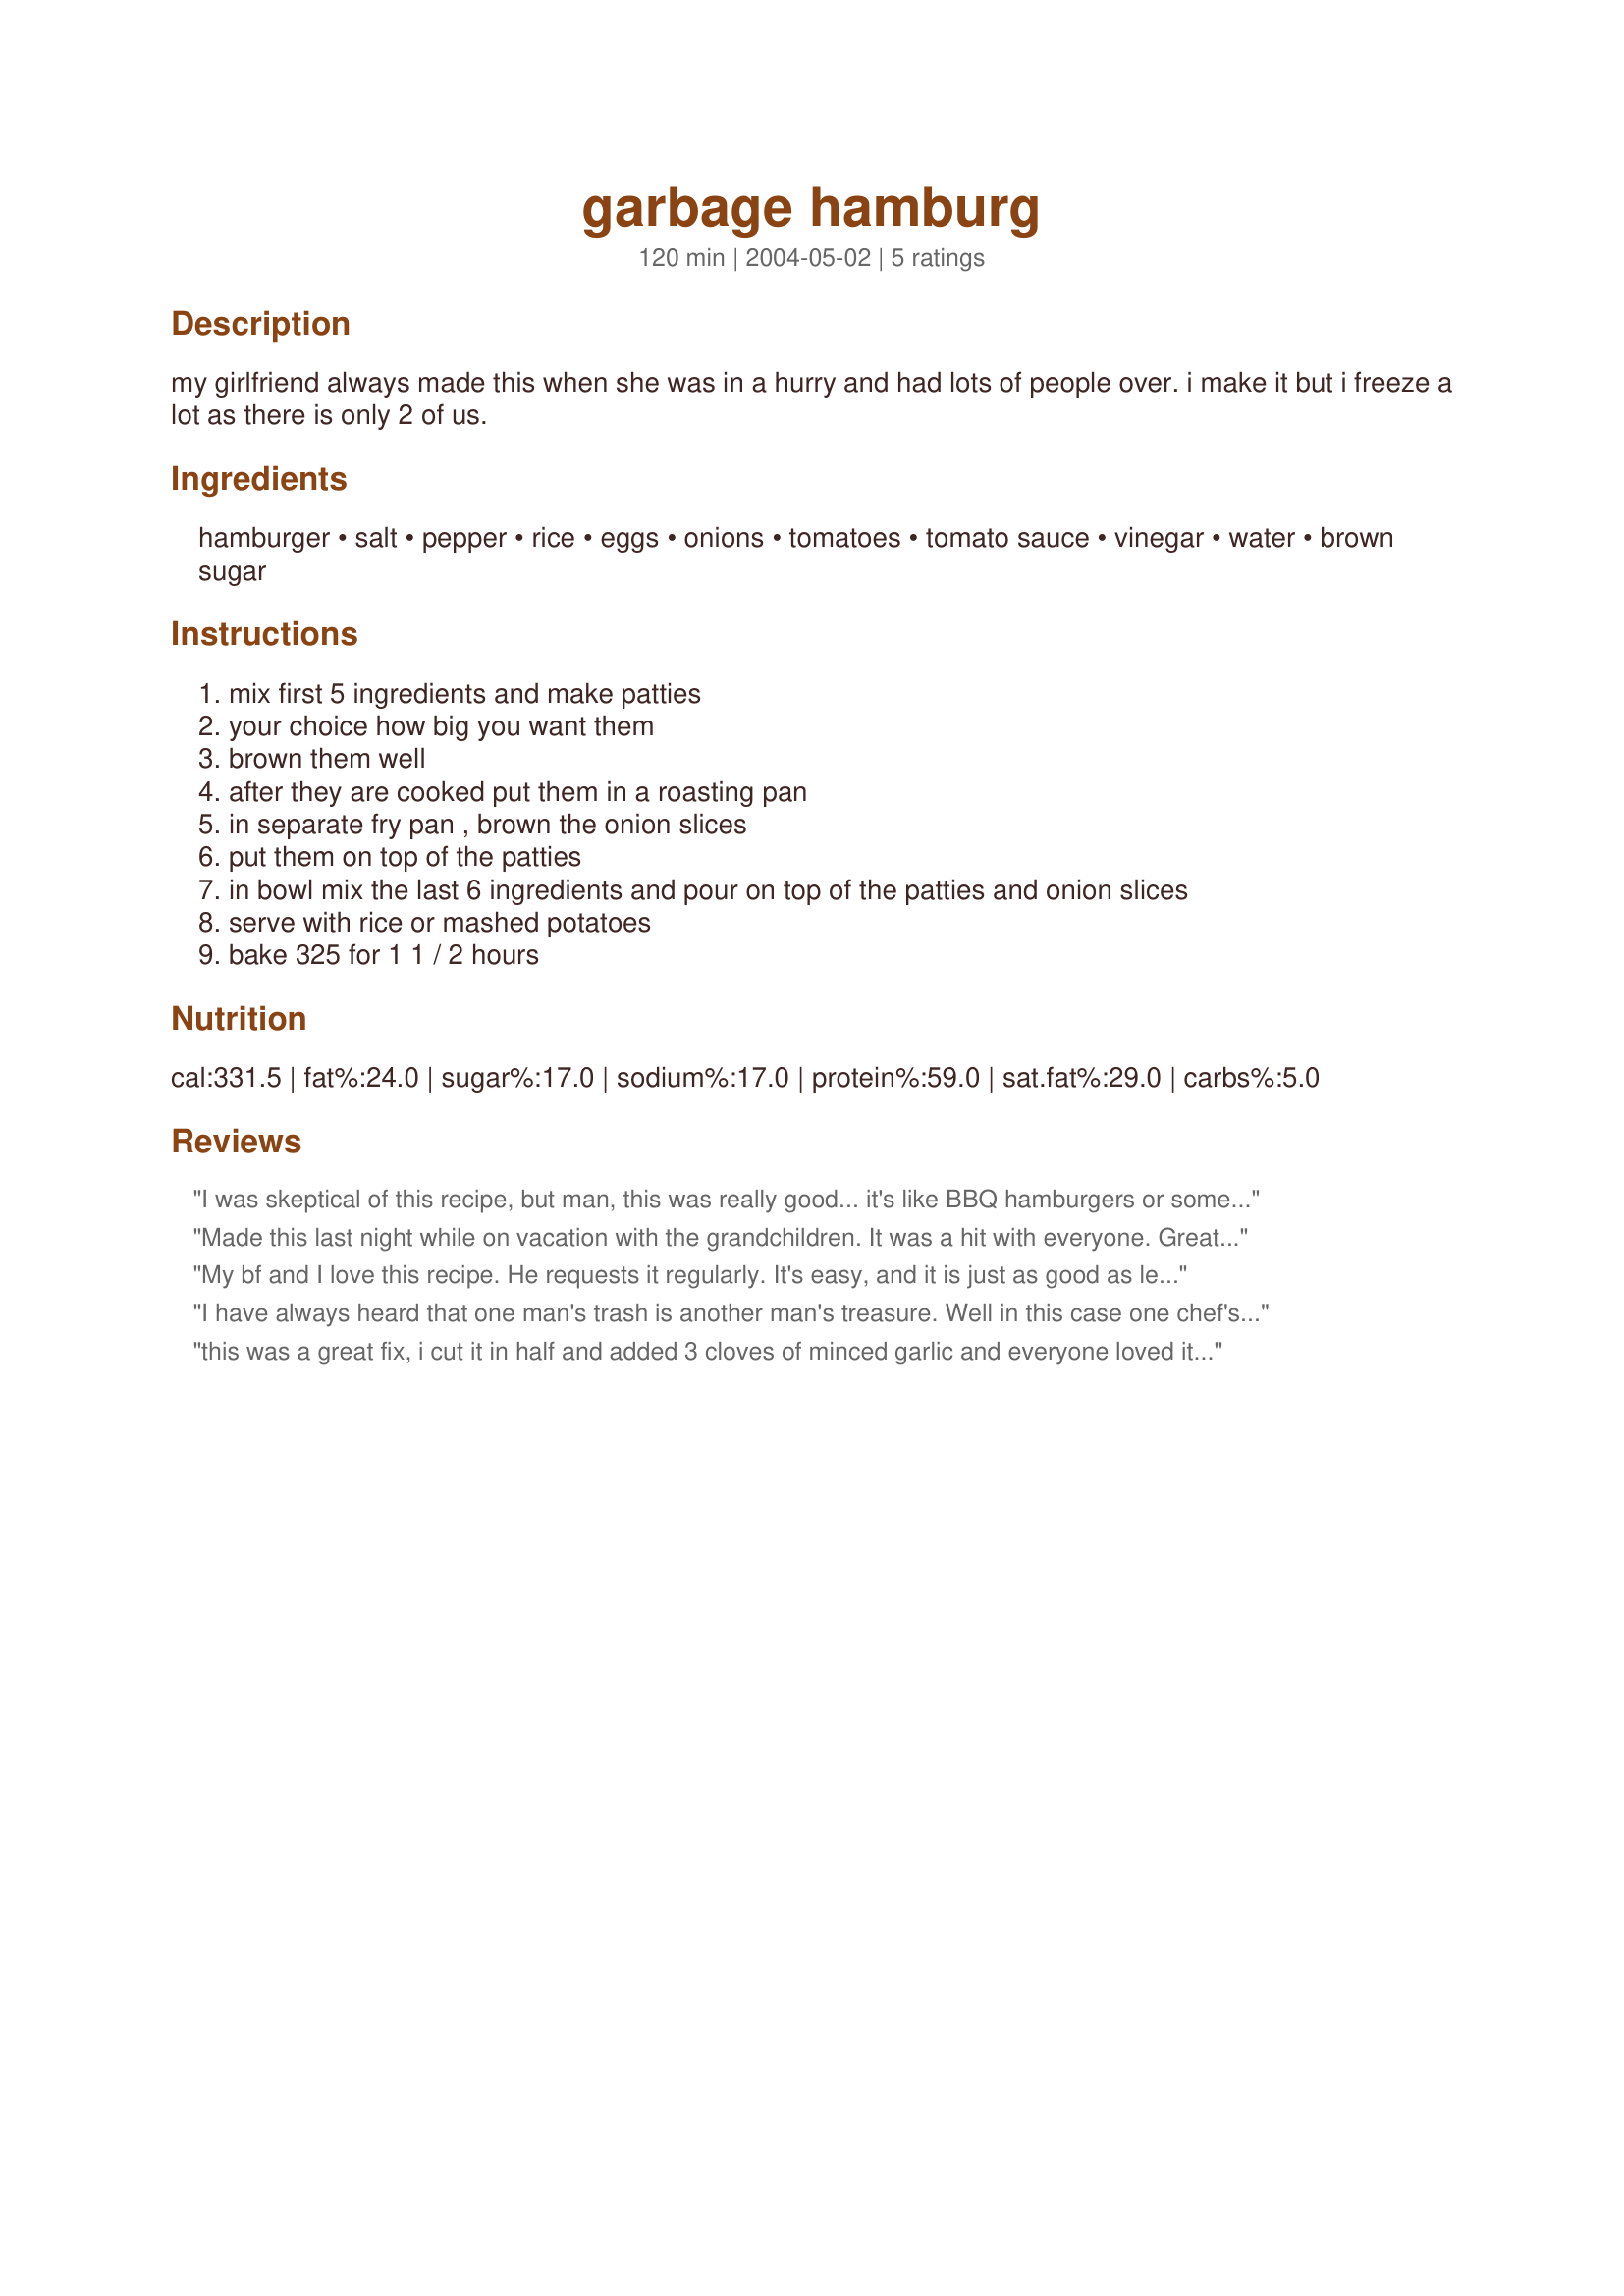
garbage hamburg
Preparation time: 120 minutes

my girlfriend always made this when she was in a hurry and had lots of people over. i make it but i freeze a lot as there is only 2 of us.

Ingredients:
hamburger, salt, pepper, rice, eggs, onions, tomatoes, tomato sauce, vinegar, water, brown sugar

Steps:
mix first 5 ingredients and make patties
your choice how big you want them
brown them well
after they are cooked put them in a roasting pan
in separate fry pan , brown the onion slices
put them on top of the patties
in bowl mix the last 6 ingredients and pour on top of the patties and onion slices
serve with rice or mashed potatoes
bake 325 for 1 1 / 2 hours

Reviews:
I was skeptical of this recipe, but man, this was really good... it's like BBQ hamburgers or something... most excellent!
Made this last night while on vacation with the grandchildren. It was a hit with everyone. Great taste. Will definately make it again. Thanks.
My bf and I love this recipe. He requests it regularly. It's easy, and it is just as good as leftovers. Thanks for a great recipe!
I have always heard that one man's trash is another man's treasure. Well in this case one chef's garbage is another chef's treasure. This is a great recipe. I did scale it for a smaller amount with no problems. I used 2 pounds ground meat, cut the rice eggs, onions, vinegar, water and brown sugar in half, and used 1 15 ounce can of tomatoes, and 1 8 ounce tomato sauce. I also wasn't sure about whether is should bake covered or not, but because of the rice, I decided to cover and it turned out beautiful.
this was a great fix, i cut it in half and added 3 cloves of minced garlic and everyone loved it.
thanks for the great recipe idea
